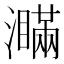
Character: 𤃞